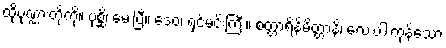
ထိုပုဏ္ဏားတို့ကို။ ပုစ္ဆိ၊ မေးပြီ။ ဒေဝ၊ ရှင်မင်းကြီး။ စတ္တာရိနိမိတ္တာနိ၊ လေးပါးကုန်သော